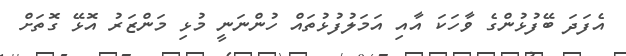
އެފަދަ ބޭފުޅުންގެ ވާހަކަ އާއި އަމަލުފުޅުތައް ހުންނަނީ މުޅި މަންޒަރު އޮޅޭ ގޮތަށް